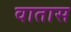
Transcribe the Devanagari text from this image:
वातास